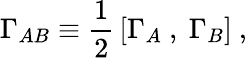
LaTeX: \Gamma_{AB}\equiv{\frac{1}{2}}\left[\Gamma_{A}~,~\Gamma_{B}\right]~,